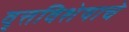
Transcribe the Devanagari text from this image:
वृत्तविशेषाचे